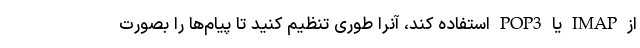
از IMAP یا POP3 استفاده کند، آنرا طوری تنظیم کنید تا پیام‌ها را بصورت